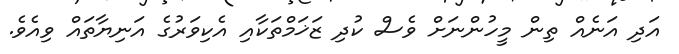
އަދި އަނެއް ތިން މީހުންނަށް ވެސް ކުދި ޒަޚަމްތަކާއި އެކިވަރުގެ އަނިޔާތައް ވިއެވެ.